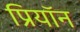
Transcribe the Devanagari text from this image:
प्रियॉन